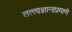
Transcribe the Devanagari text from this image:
तत्त्वज्ञानाप्रमाणे